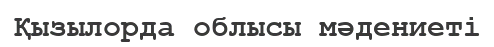
Қызылорда облысы мәдениеті